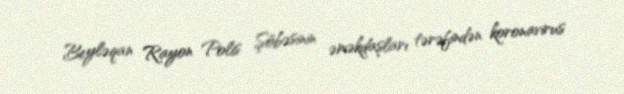
Beyləqan Rayon Polis Şöbəsinin əməkdaşları tərəfindən koronavirus